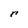
Character: r